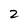
Character: 2